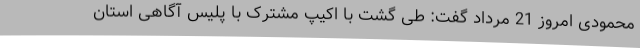
محمودی امروز 21 مرداد گفت: طی گشت با اکیپ مشترک با پلیس آگاهی استان